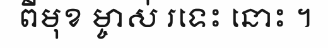
ពីមុខ ម្ចាស់ រទេះ នោះ ។